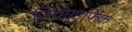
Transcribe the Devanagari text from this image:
जियोग्राफ़िक